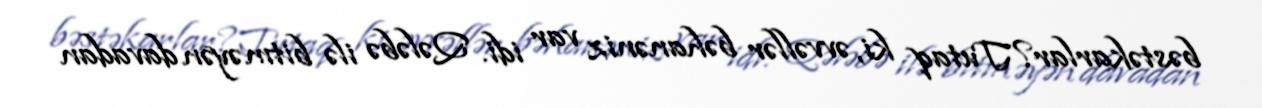
bəstəkarlar?Tutaq ki, əvvəllər bəhanəniz var idi. Qələbə ilə bitməyən davadan